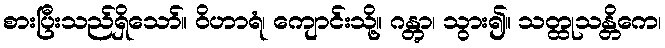
စားပြီးသည်ရှိသော်။ ဝိဟာရံ၊ ကျောင်းသို့။ ဂန္တွာ၊ သွား၍။ သတ္ထုသန္တိကေ၊